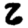
Digit: 2